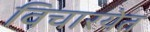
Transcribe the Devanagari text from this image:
विचारयेत